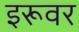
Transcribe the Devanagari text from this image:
इरूवर